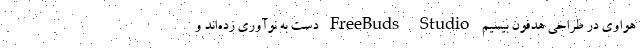
هواوی در طراحی هدفون بیسیم FreeBuds Studio دست به نوآوری زده‌اند و